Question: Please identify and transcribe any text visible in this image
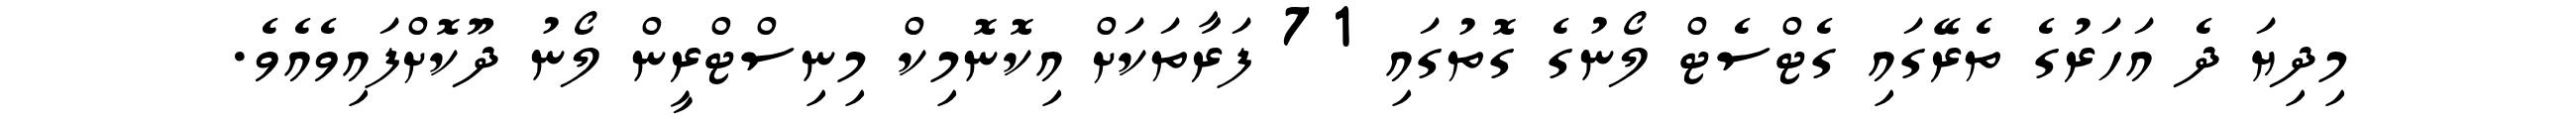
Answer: މިދިޔަ ދެ އަހަރުގެ ތެރޭގައި ގެޓްސެޓް ލޯނުގެ ގޮތުގައި 71 ފަރާތަކަށް އިކޮނޮމިކް މިނިސްޓްރީން ލޯނު ދޫކޮށްފައިވެއެވެ.